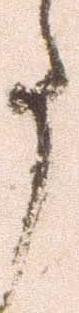
事